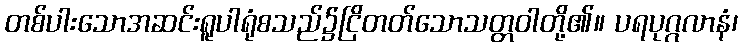
တစ်ပါးသောအဆင်းရူပါရုံစသည်၌ငြိတတ်သောသတ္တဝါတို့၏။ ပရပုဂ္ဂလာနံ၊